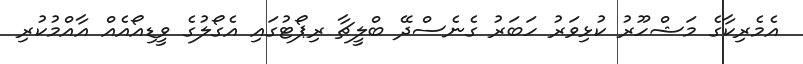
އެމެރިކާގެ މަޝްހޫރު ކުޅިވަރު ހަބަރު ގެނެސްދޭ ބްލީޗާ ރިޕޯޓުގައި އެގޯލުގެ ވީޑިއޯއެއް އާއްމުކުރި